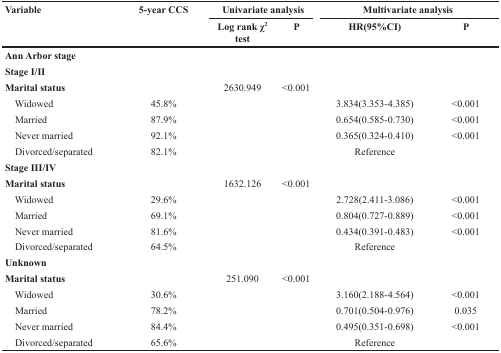
<table><thead><tr><td rowspan="2"><b>Variable</b></td><td rowspan="2"><b>5-year CCS</b></td><td colspan="2"><b>Univariate analysis</b></td><td colspan="2"><b>Multivariate analysis</b></td></tr><tr><td><b>Log rank χ<sup>2</sup> test</b></td><td><b>P</b></td><td><b>HR(95%CI)</b></td><td><b>P</b></td></tr></thead><tbody><tr><td colspan="6"><b>Ann Arbor stage</b></td></tr><tr><td colspan="6"><b>Stage I/II</b></td></tr><tr><td><b>Marital status</b></td><td></td><td>2630.949</td><td>&lt;0.001</td><td></td><td></td></tr><tr><td> Widowed</td><td>45.8%</td><td></td><td></td><td>3.834(3.353-4.385)</td><td>&lt;0.001</td></tr><tr><td> Married</td><td>87.9%</td><td></td><td></td><td>0.654(0.585-0.730)</td><td>&lt;0.001</td></tr><tr><td> Never married</td><td>92.1%</td><td></td><td></td><td>0.365(0.324-0.410)</td><td>&lt;0.001</td></tr><tr><td> Divorced/separated</td><td>82.1%</td><td></td><td></td><td>Reference</td><td></td></tr><tr><td colspan="6"><b>Stage III/IV</b></td></tr><tr><td><b>Marital status</b></td><td></td><td>1632.126</td><td>&lt;0.001</td><td></td><td></td></tr><tr><td> Widowed</td><td>29.6%</td><td></td><td></td><td>2.728(2.411-3.086)</td><td>&lt;0.001</td></tr><tr><td> Married</td><td>69.1%</td><td></td><td></td><td>0.804(0.727-0.889)</td><td>&lt;0.001</td></tr><tr><td> Never married</td><td>81.6%</td><td></td><td></td><td>0.434(0.391-0.483)</td><td>&lt;0.001</td></tr><tr><td> Divorced/separated</td><td>64.5%</td><td></td><td></td><td>Reference</td><td></td></tr><tr><td colspan="6"><b>Unknown</b></td></tr><tr><td><b>Marital status</b></td><td></td><td>251.090</td><td>&lt;0.001</td><td></td><td></td></tr><tr><td> Widowed</td><td>30.6%</td><td></td><td></td><td>3.160(2.188-4.564)</td><td>&lt;0.001</td></tr><tr><td> Married</td><td>78.2%</td><td></td><td></td><td>0.701(0.504-0.976)</td><td>0.035</td></tr><tr><td> Never married</td><td>84.4%</td><td></td><td></td><td>0.495(0.351-0.698)</td><td>&lt;0.001</td></tr><tr><td> Divorced/separated</td><td>65.6%</td><td></td><td></td><td>Reference</td><td></td></tr></tbody></table>